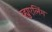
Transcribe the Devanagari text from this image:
व्ह्युएलिंग